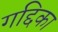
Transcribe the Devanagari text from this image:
गद्दिका